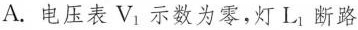
A. 电压表V_{1}示数为零，灯L_{1}断路